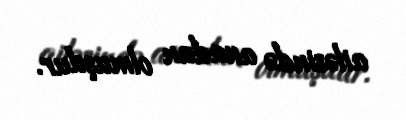
ailəsində anadan olmuşdur.